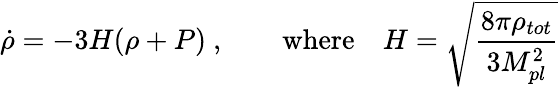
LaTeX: \dot{\rho}=-3H(\rho+P)~,\qquad\mathrm{where}\quad H=\sqrt{\frac{8\pi\rho_{tot}}{3M_{pl}^{2}}}